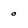
Character: 0